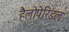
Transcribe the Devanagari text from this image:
हैलोपेरिडल